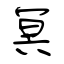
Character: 冥